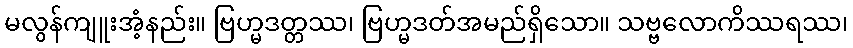
မလွန်ကျူးအံ့နည်း။ ဗြဟ္မဒတ္တဿ၊ ဗြဟ္မဒတ်အမည်ရှိသော။ သဗ္ဗလောကိဿရဿ၊